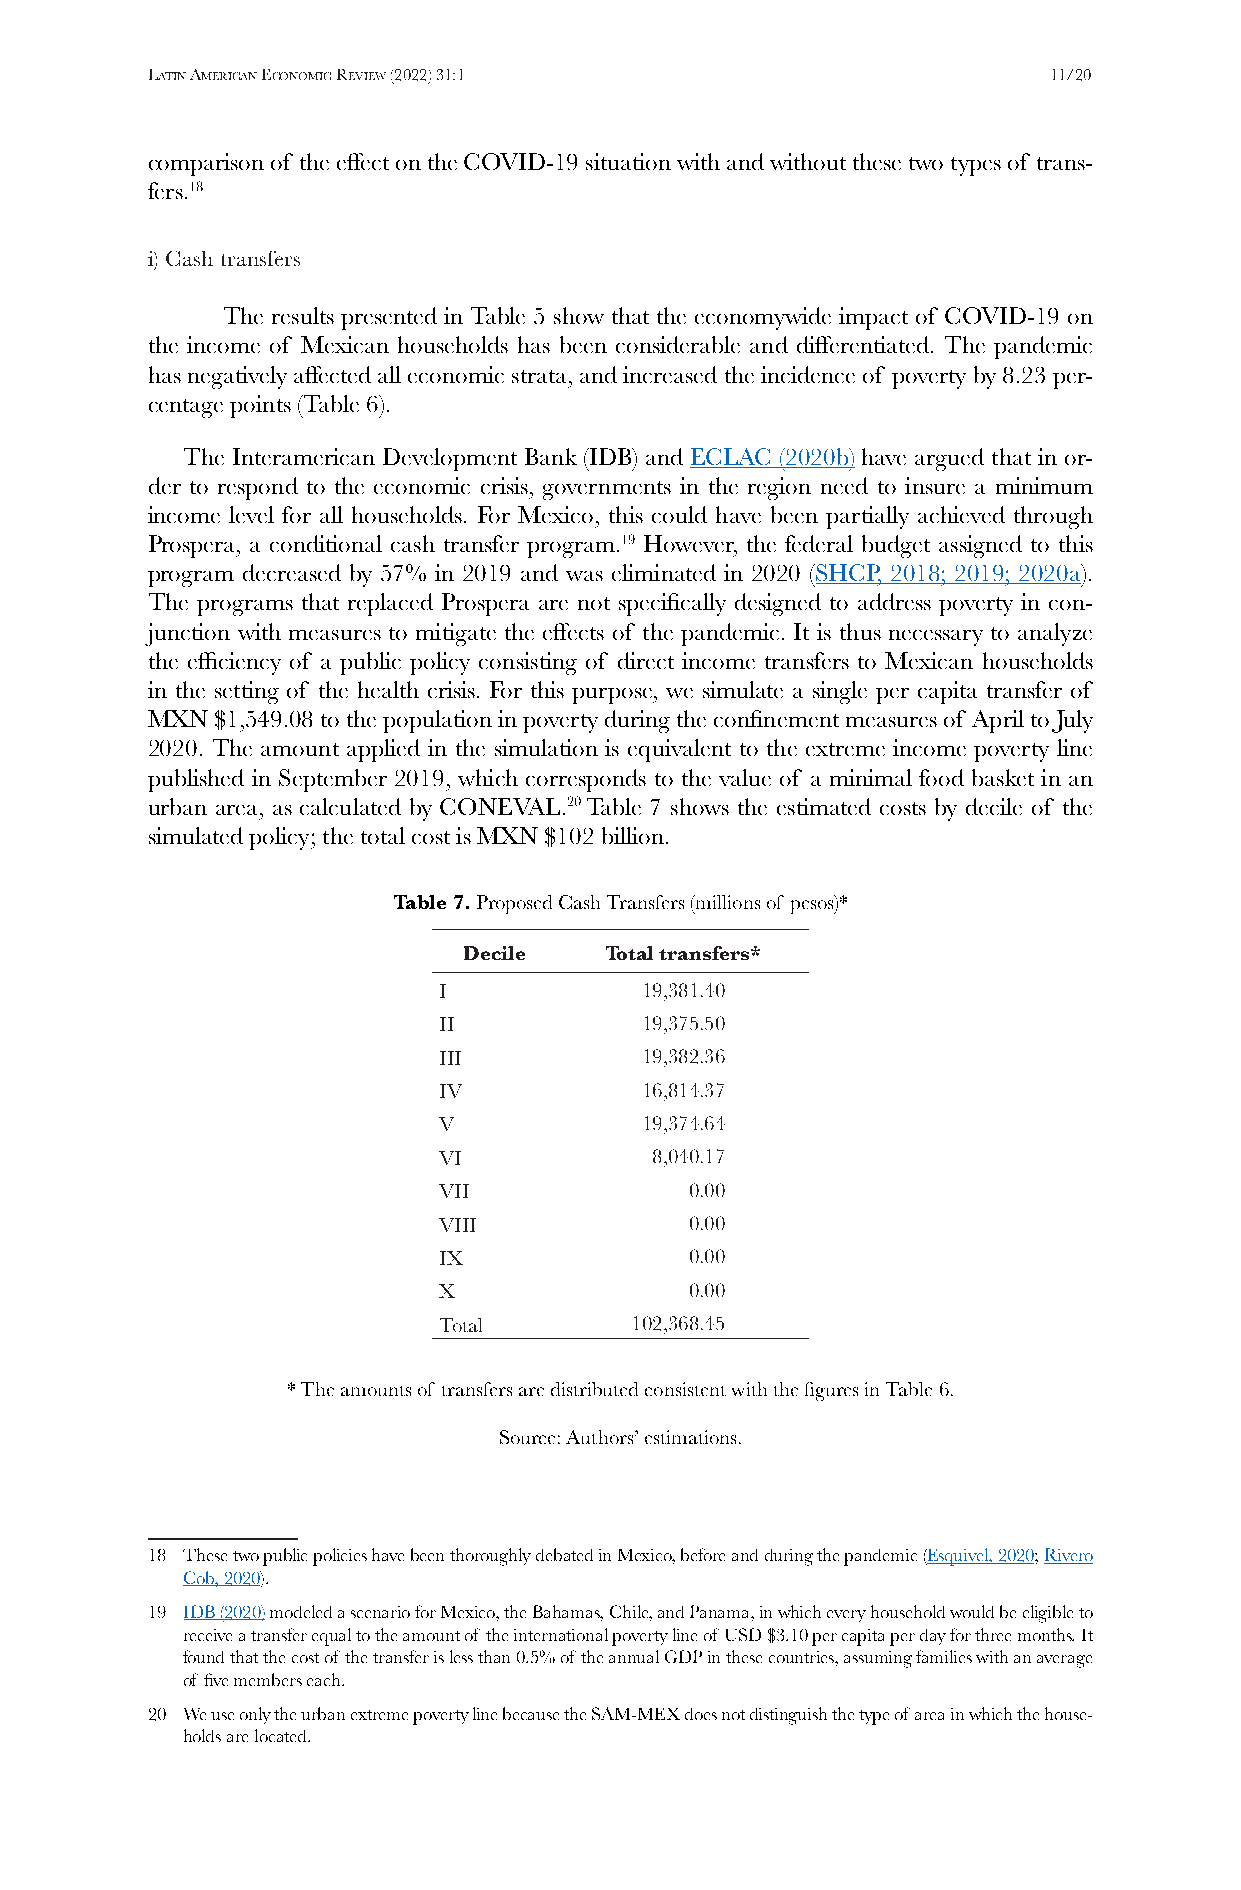
Latin american economic review (2022) 31:1                 11/20
 comparison of the effect on the COVID-19 situation with and without these two types of trans-
 fers.18
 i) Cash transfers
 The results presented in Table 5 show that the economywide impact of COVID-19 on
 the income of Mexican households has been considerable and differentiated. The pandemic
 has negatively affected all economic strata, and increased the incidence of poverty by 8.23 per-
 centage points (Table 6).
 The Interamerican Development Bank (IDB) and ECLAC (2020b) have argued that in or-
 der to respond to the economic crisis, governments in the region need to insure a minimum
 income level for all households. For Mexico, this could have been partially achieved through
 Prospera, a conditional cash transfer program.19 However, the federal budget assigned to this
 program decreased by 57% in 2019 and was eliminated in 2020 (SHCP, 2018; 2019; 2020a).
 The programs that replaced Prospera are not specifically designed to address poverty in con-
 junction with measures to mitigate the effects of the pandemic. It is thus necessary to analyze
 the efficiency of a public policy consisting of direct income transfers to Mexican households
 in the setting of the health crisis. For this purpose, we simulate a single per capita transfer of
 MXN $1,549.08 to the population in poverty during the confinement measures of April to July
 2020. The amount applied in the simulation is equivalent to the extreme income poverty line
 published in September 2019, which corresponds to the value of a minimal food basket in an
 urban area, as calculated by CONEVAL.20 Table 7 shows the estimated costs by decile of the
 simulated policy; the total cost is MXN $102 billion.
 Table 7. Proposed Cash Transfers (millions of pesos)*
 Decile   Total transfers*
 I            19,381.40
 II           19,375.50
 III          19,382.36
 IV           16,814.37
 V            19,374.64
 VI            8,040.17
 VII              0.00
 VIII             0.00
 IX               0.00
 X                0.00
 Total        102,368.45
 * The amounts of transfers are distributed consistent with the figures in Table 6.
 Source: Authors’ estimations.
 18 These two public policies have been thoroughly debated in Mexico, before and during the pandemic (Esquivel, 2020; Rivero
 Cob, 2020).
 19 IDB (2020) modeled a scenario for Mexico, the Bahamas, Chile, and Panama, in which every household would be eligible to
 receive a transfer equal to the amount of the international poverty line of USD $3.10 per capita per day for three months. It
 found that the cost of the transfer is less than 0.5% of the annual GDP in these countries, assuming families with an average
 of five members each.
 20 We use only the urban extreme poverty line because the SAM-MEX does not distinguish the type of area in which the house-
 holds are located.